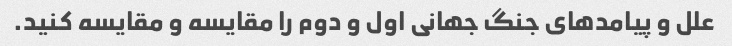
علل و پیامدهای جنگ جهانی اول و دوم را مقایسه و مقایسه کنید.